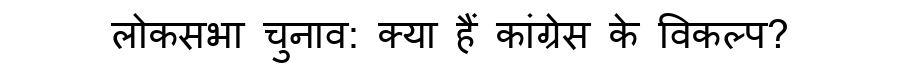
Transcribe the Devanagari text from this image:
लोकसभा चुनाव: क्या हैं कांग्रेस के विकल्प?